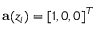
\mathbf { a } ( z _ { i } ) = \lbrack 1 , 0 , 0 \rbrack ^ { T }